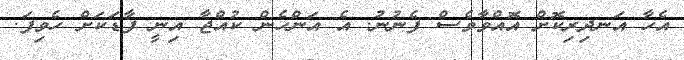
އެހާ އަނދިރިކޮށް އޮއްވާވެސް ފެނުނު. އެ އަންހެން ކުއްޖާ އިނީ ފާޑަކަށް ހެވިފަ.